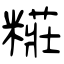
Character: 糚